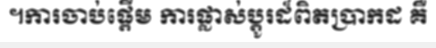
។ការចាប់ផ្តើម ការផ្លាស់ប្តូរដ៏ពិតប្រាកដ គឺ